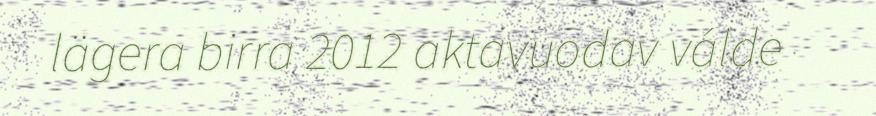
lägera birra 2012 aktavuodav válde